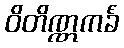
ဝိတိဏ္ဏကင်္ခံ